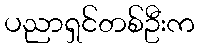
ပညာရှင်တစ်ဦးက